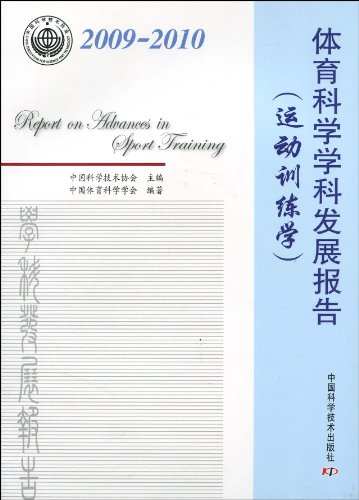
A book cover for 2009-2010 - sports science disciplines Development Report - ( Sports Training )(Chinese Edition); ZHONG GUO KE XUE JI SHU XIE HUI. ZHU BIAN; Sports & Outdoors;